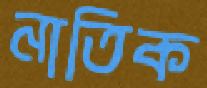
নাতিক